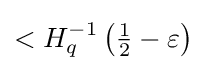
<H_{q}^{-1}\left({\tfrac {1}{2}}-\varepsilon \right)